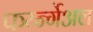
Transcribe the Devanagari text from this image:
फर्य्न्गेअल